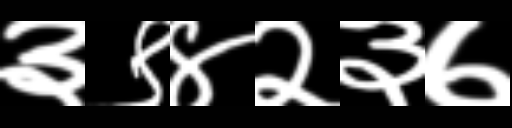
Text: ३९४२३७